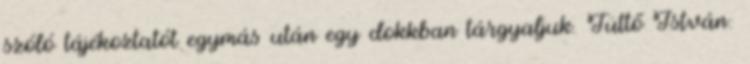
szóló tájékoztatót egymás után egy dokkban tárgyaljuk. Tüttő István: